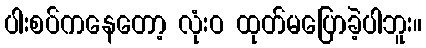
ပါးစပ်ကနေတော့ လုံးဝ ထုတ်မပြောခဲ့ပါဘူး။